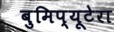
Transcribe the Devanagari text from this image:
बुमिप्यूटेरा